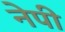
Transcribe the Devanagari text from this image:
नेपी